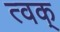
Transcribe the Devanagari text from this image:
त्वक्‌